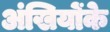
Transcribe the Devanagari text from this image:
अंखियोंके